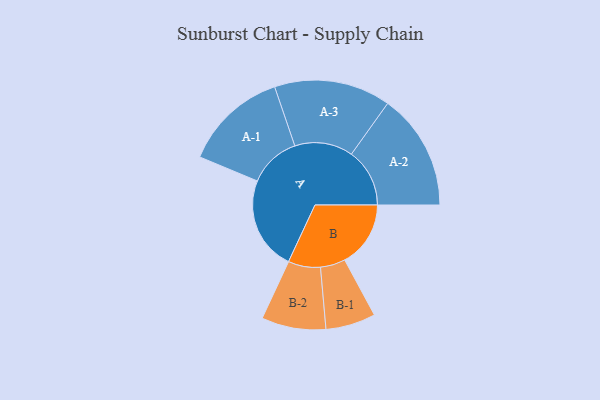
{"axis": {"x": "Segment", "y": "Value"}, "legend": ["", "A", "B"], "data": [{"x": "A", "y": 428, "type": ""}, {"x": "B", "y": 301, "type": ""}, {"x": "A-1", "y": 237, "type": "A"}, {"x": "A-2", "y": 266, "type": "A"}, {"x": "A-3", "y": 266, "type": "A"}, {"x": "B-1", "y": 114, "type": "B"}, {"x": "B-2", "y": 147, "type": "B"}]}